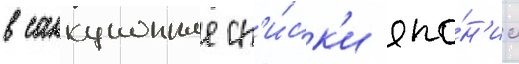
в санкционные сп'и́ск'и япо́н'ии